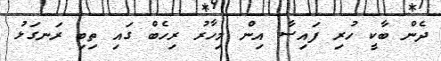
ދެން ބާކީ ހުރި ފައިސާ އިން މިހާރު ރިހެބް ގައި ތިބި ރަނގަޅު